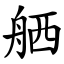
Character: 舾